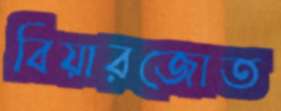
বিয়ারজোত